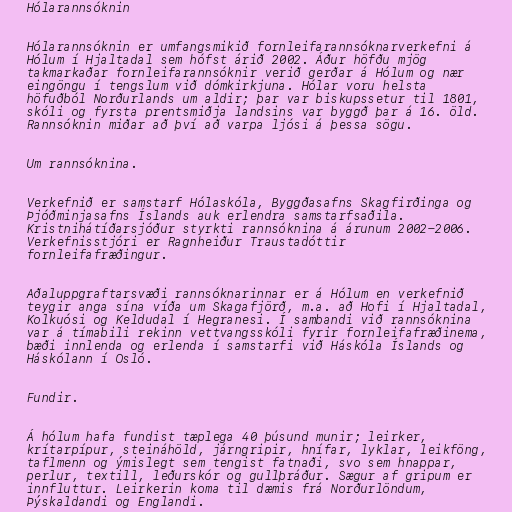
Hólarannsóknin

Hólarannsóknin er umfangsmikið fornleifarannsóknarverkefni á
Hólum í Hjaltadal sem hófst árið 2002. Áður höfðu mjög
takmarkaðar fornleifarannsóknir verið gerðar á Hólum og nær
eingöngu í tengslum við dómkirkjuna. Hólar voru helsta
höfuðból Norðurlands um aldir; þar var biskupssetur til 1801,
skóli og fyrsta prentsmiðja landsins var byggð þar á 16. öld.
Rannsóknin miðar að því að varpa ljósi á þessa sögu.

Um rannsóknina.

Verkefnið er samstarf Hólaskóla, Byggðasafns Skagfirðinga og
Þjóðminjasafns Íslands auk erlendra samstarfsaðila.
Kristnihátíðarsjóður styrkti rannsóknina á árunum 2002-2006.
Verkefnisstjóri er Ragnheiður Traustadóttir
fornleifafræðingur.

Aðaluppgraftarsvæði rannsóknarinnar er á Hólum en verkefnið
teygir anga sína víða um Skagafjörð, m.a. að Hofi í Hjaltadal,
Kolkuósi og Keldudal í Hegranesi. Í sambandi við rannsóknina
var á tímabili rekinn vettvangsskóli fyrir fornleifafræðinema,
bæði innlenda og erlenda í samstarfi við Háskóla Íslands og
Háskólann í Osló.

Fundir.

Á hólum hafa fundist tæplega 40 þúsund munir; leirker,
krítarpípur, steináhöld, járngripir, hnífar, lyklar, leikföng,
taflmenn og ýmislegt sem tengist fatnaði, svo sem hnappar,
perlur, textill, leðurskór og gullþráður. Sægur af gripum er
innfluttur. Leirkerin koma til dæmis frá Norðurlöndum,
Þýskaldandi og Englandi.